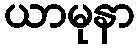
ယာမုနာ